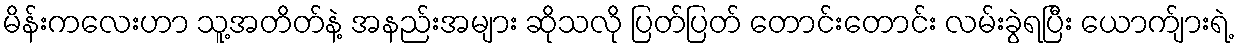
မိန်းကလေးဟာ သူ့အတိတ်နဲ့ အနည်းအများ ဆိုသလို ပြတ်ပြတ် တောင်းတောင်း လမ်းခွဲရပြီး ယောက်ျားရဲ့